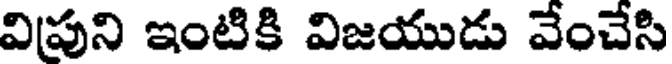
విపుని ఇంటికి విజయుడు వేంచేసి